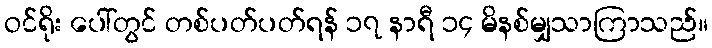
ဝင်ရိုး ပေါ်တွင် တစ်ပတ်ပတ်ရန် ၁၇ နာရီ ၁၄ မိနစ်မျှသာကြာသည်။